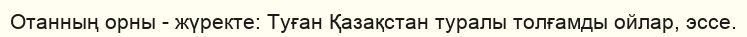
Отанның орны - жүректе: Туған Қазақстан туралы толғамды ойлар, эссе.